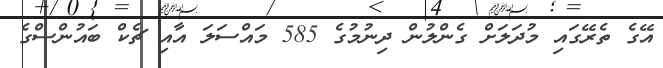
އޭގެ ތެރޭގައި މުދަލަށް ގެންލުން ދިނުމުގެ 585 މައްސަލަ އާއި ޗެކް ބައުންސްގެ